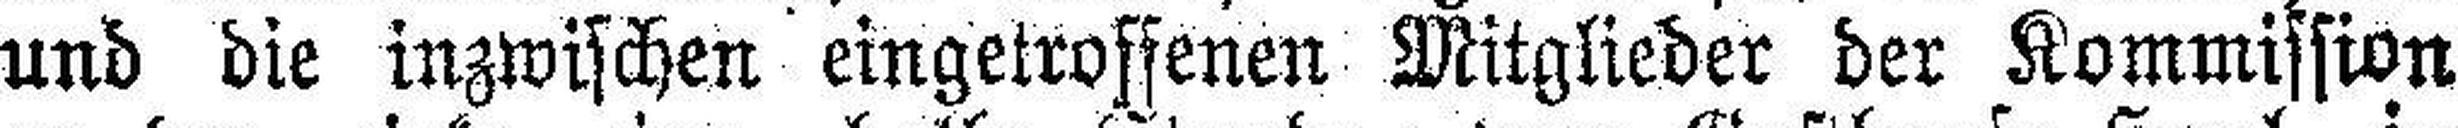
und die inzwischen eingetroffenen Mitglieder der Kommission